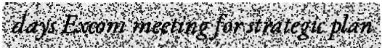
days Excom meeting for strategic plan